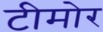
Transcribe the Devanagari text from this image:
टीमोर